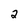
Character: 2